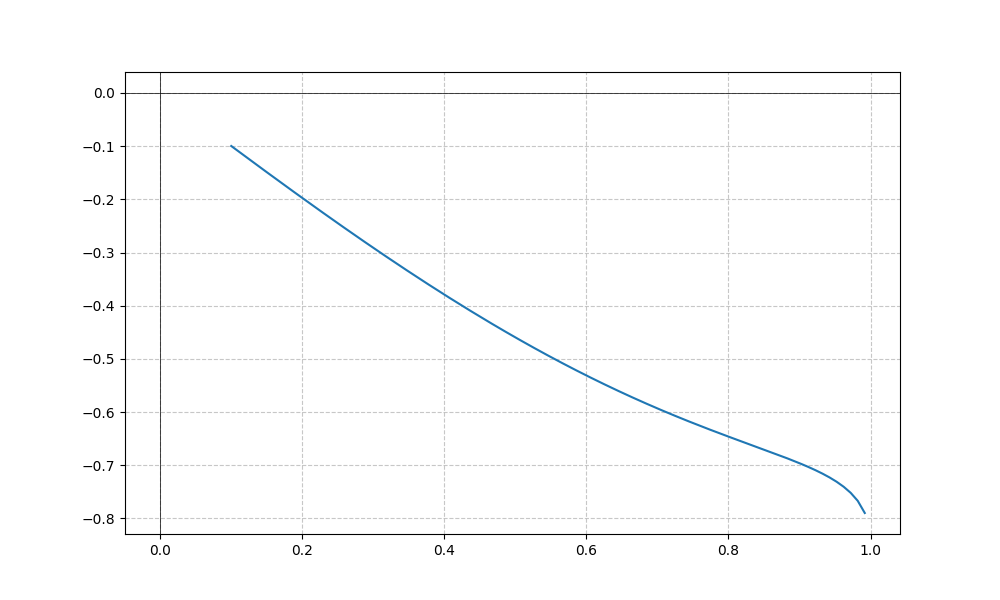
LaTeX formula: - \cos{\left(x \right)} \operatorname{asin}{\left(x \right)}